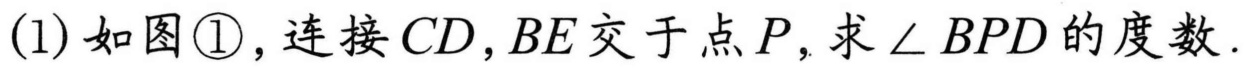
(1)如图\textcircled{1}，连接\(CD,BE\)交于点\(P\)，求\(\angle BPD\)的度数.